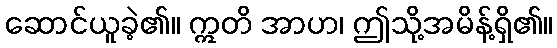
ဆောင်ယူခဲ့၏။ ဣတိ အာဟ၊ ဤသို့အမိန့်ရှိ၏။